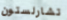
تشارلستون